Annual report of the Punjab Veterinary College and of the Civil Veterinary Department, Punjab - 1909-1919
Year: 1909
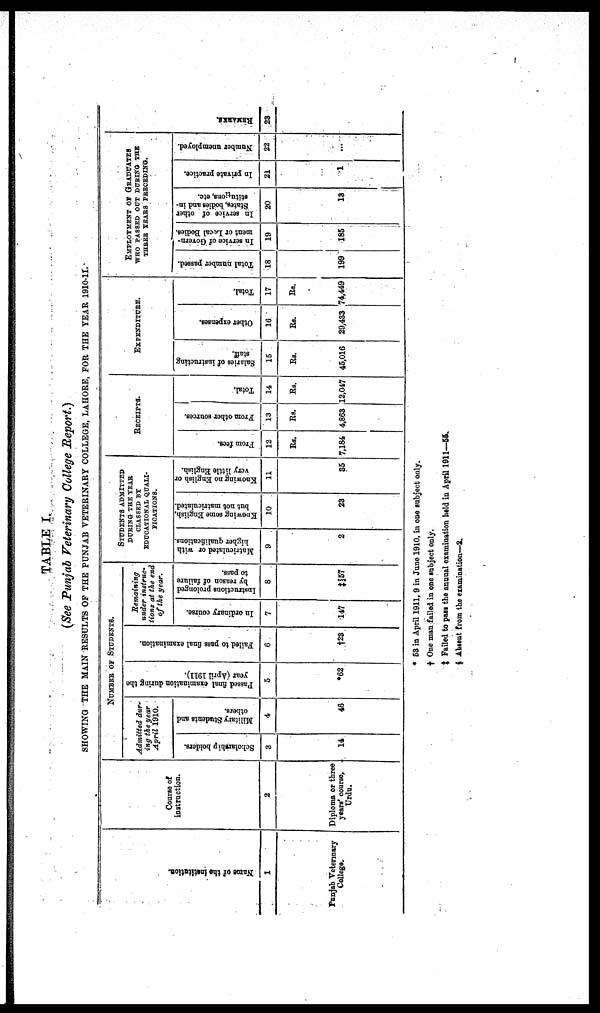
TABLE I.
(See Punjab Veterinary College Report.)
SHOWING THE MAIN RESULTS OF THE PUNJAB VETERINARY COLLEGE, LAHORE, FOR THE YEAR 1910-11.
Na me of t he i nst i t at i on.
1
Punjab Veterinary
College.
Course of
instruction.
2
Diploma or three
years' course,
Urdu.
NUMBER OF STUDENTS.
Admitted dur-
ing the year
April 1910.
Scholarship holders.
3
14
Military Students and
others.
4
46
Passed final examination during the
year (April 1911).
5
*62
Failed to pass final examination.
6
†23
Remaining
under instruc-
tions at the end
of the year.
In ordinary course.
7
147
Instructions prolonged
by reason of failure
to pass.
8
‡§57
STUDENT ADMITTED
DURING THE YEAR
CLASSED BY
EDUCATIONAL QUALI-
----------
Matriculated or with
higher qualifications.
9
2
Knowing some English,
but not matriculated.
10
23
Knowing no English or
very little English.
11
35
RECEIPTS.
From fees.
12
Rs.
7,184
From other sources.
13
Rs.
4,863
Total.
14
Rs.
12,047
EXPEDITURE.
Salaries of instructing
staff.
15
Rs.
45,016
Other expenses.
16
Rs.
29,433
Total.
17
Rs.
74,449
EMPLOYMENT OF GRADUATES
WHO PASSED OUT DURING THE
THREE YEARS PRECEDING.
Total number passed.
18
199
In service of Govern-
ment or Local Bodies.
19
185
In service of other
States,
bodies and in-
stitutions, etc.
20
13
In private practice.
21
1
Number unemployed.
22
...
REMARKS.
23
* 53 in April 1911, 9 in June 1910, in one subject only.
† One man failed in one subject only.
‡ Failed to pass the annual examination held in April 1911—55.
§ Absent from the examination—2.